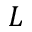
L